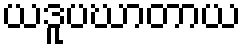
ယဒူပဃာတာယ